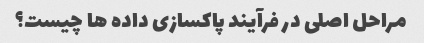
مراحل اصلی در فرآیند پاکسازی داده ها چیست؟